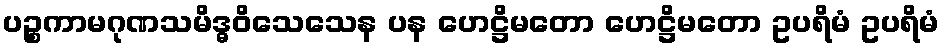
ပဉ္စကာမဂုဏသမိဒ္ဓဝိသေသေန ပန ဟေဋ္ဌိမတော ဟေဋ္ဌိမတော ဥပရိမံ ဥပရိမံ